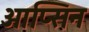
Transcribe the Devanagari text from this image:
आप्सिन